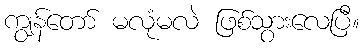
ကျွန်တော် မလုံမလဲ ဖြစ်သွားလေပြီ။